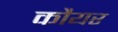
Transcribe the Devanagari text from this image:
कौयर